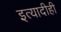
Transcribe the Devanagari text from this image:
इत्यादीही